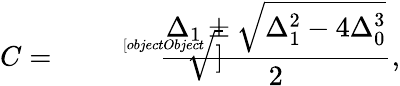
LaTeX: C={\sqrt[[objectObject]]{\frac{\Delta_{1}\pm{\sqrt{\Delta_{1}^{2}-4\Delta_{0}^{3}}}}{2}}},